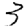
Digit: 3